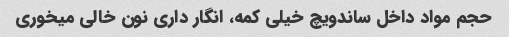
حجم مواد داخل ساندویچ خیلی کمه، انگار داری نون خالی میخوری